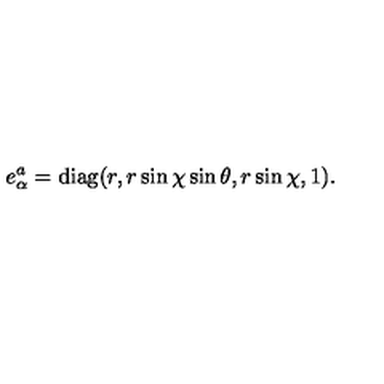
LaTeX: e _ { \alpha } ^ { a } = \mathrm { d i a g } ( r , r \sin \chi \sin \theta , r \sin \chi , 1 ) .